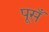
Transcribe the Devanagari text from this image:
पूसँ